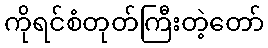
ကိုရင်စံတုတ်ကြီးတဲ့တော်